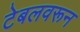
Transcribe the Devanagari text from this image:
टेबलवरून